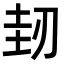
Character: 𠜤